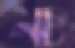
নচ